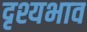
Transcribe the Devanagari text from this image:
दृश्यभाव